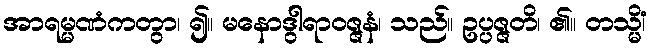
အာရမ္မဏံကတွာ၊ ၍။ မနောဒွါရာဝဇ္ဇနံ၊ သည်။ ဥပ္ပဇ္ဇတိ၊ ၏။ တသ္မိံ၊